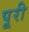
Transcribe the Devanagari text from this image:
पूूरी